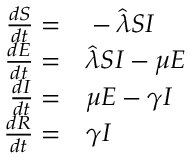
\begin{array} { r l } { \frac { d S } { d t } = } & { { } - \widehat { \lambda } S I } \\ { \frac { d E } { d t } = } & { { } \widehat { \lambda } S I - \mu E } \\ { \frac { d I } { d t } = } & { { } \mu E - \gamma I } \\ { \frac { d R } { d t } = } & { { } \gamma I } \end{array}